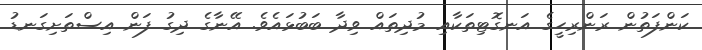
ކަންފަތުން ރަންރިހީގެ އަނގޮޓިތަކާއި މުދިތައް ވިދާ ބަބުޅައެވެ. އޭނާގެ ދިގު ފަން އިސްތަށިގަނޑު